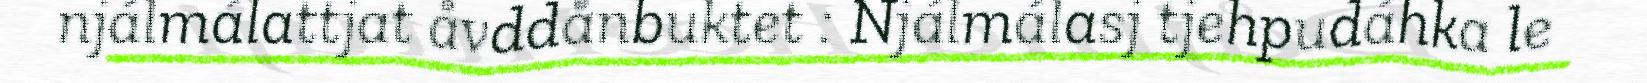
njálmálattjat åvddånbuktet : Njálmálasj tjehpudáhka le